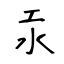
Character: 汞